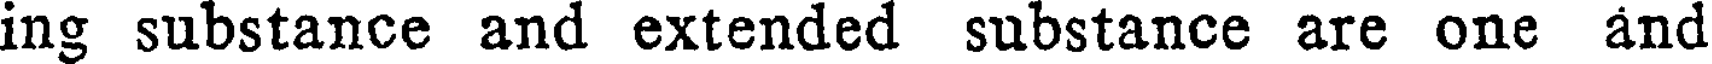
ing substance and extended substance are one and